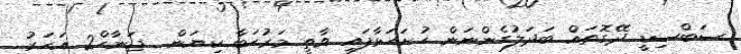
ސަބްސިޑީ ދޭގޮތައް ބަދަލުގެންނަން ހުށަހަޅާފައި ވާތީ މަރުޙަބާ ކިޔަން  ޖަނާހް2 އަހަރު